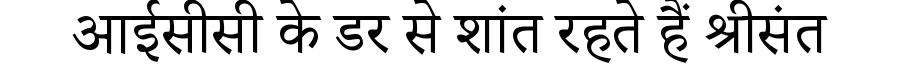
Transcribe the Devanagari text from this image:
आईसीसी के डर से शांत रहते हैं श्रीसंत